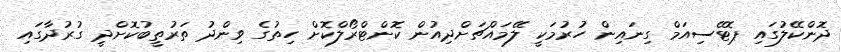
ދޮންކޭލުގައި ޕޮޓޭސިއަމް ގިނައިން ހުރުމަކީ ލޭމައްޗަށްދިއުން ކޮންޓްރޯލްކޮށް ހިތުގެ ވިންދު ތަރުތީބުކޮށްދީ ގުރުދާގައި